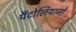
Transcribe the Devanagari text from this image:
पैंटोलियानो